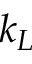
k _ { L }